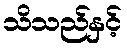
သိသည်နှင့်